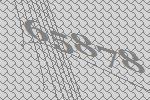
65878